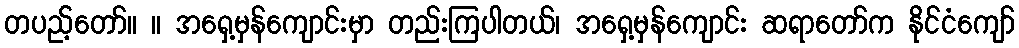
တပည့်တော်။ ။ အရှေ့မှန်ကျောင်းမှာ တည်းကြပါတယ်၊ အရှေ့မှန်ကျောင်း ဆရာတော်က နိုင်ငံကျော်